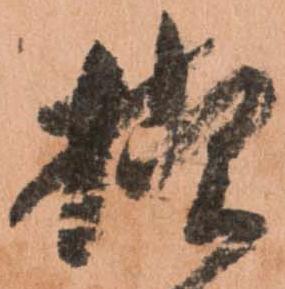
様